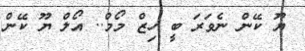
ޔޫ ކޭން ނެވަރަ ބީ ހިޒް މޯމް.. އޯލް ޔޫ ކޭން